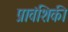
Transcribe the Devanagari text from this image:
प्रावंशिकी